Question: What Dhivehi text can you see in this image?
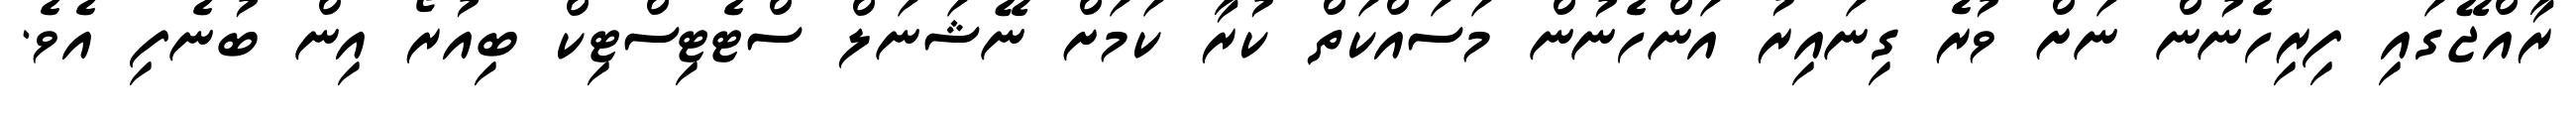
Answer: ރާއްޖޭގައި ފިރިހެނުން ނަށް ވުރެ ގިނައިރު އަންހެނުން މަސައްކަތް ކުރާ ކަމަށް ނޭޝަނަލް ސްޓެޓިސްޓިކް ބިއުރޯ އިން ބުނެފި އެވެ.